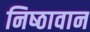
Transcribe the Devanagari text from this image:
निष्‍ठावान